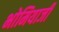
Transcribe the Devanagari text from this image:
भोमियाजी